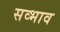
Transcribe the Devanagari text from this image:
सव्भाव